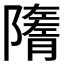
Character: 𨽋